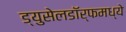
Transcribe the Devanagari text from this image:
ड्युसेलडॉर्फमध्ये